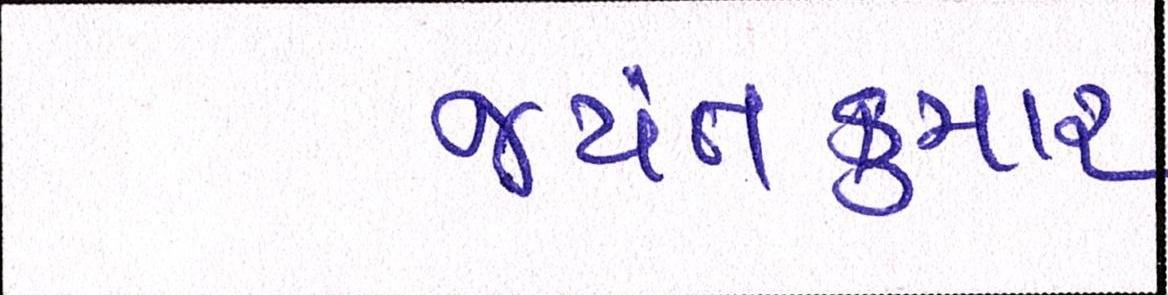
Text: જયંતકુમાર